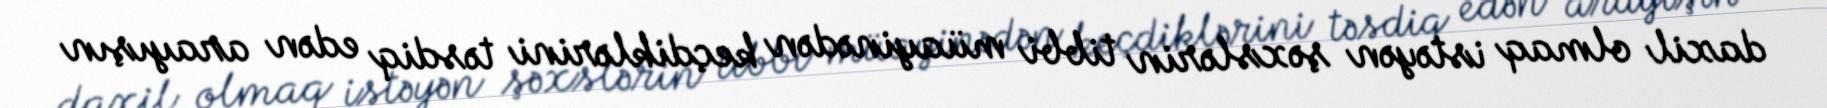
daxil olmaq istəyən şəxslərin tibbi müayinədən keçdiklərini təsdiq edən arayışın